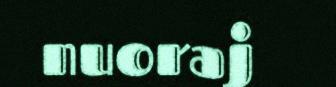
nuoraj